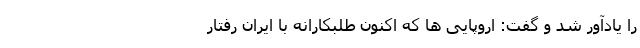
را یادآور شد و گفت: اروپایی ها که اکنون طلبکارانه با ایران رفتار